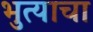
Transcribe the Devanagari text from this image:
भुत्याचा